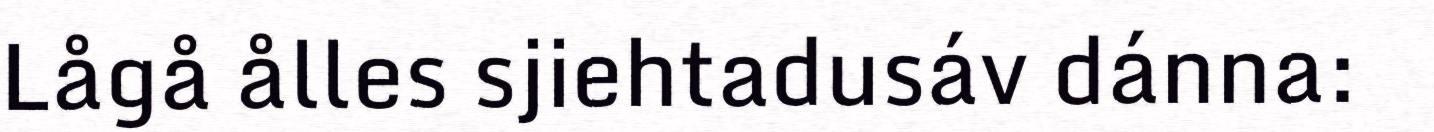
Lågå ålles sjiehtadusáv dánna: